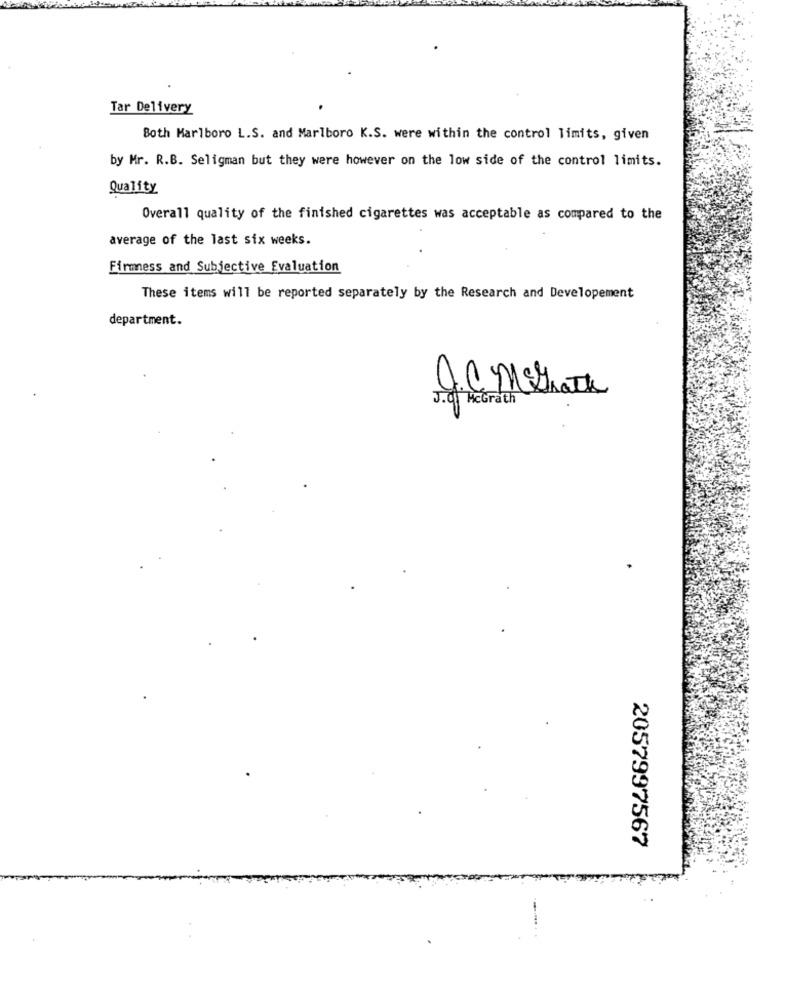
Tar Delivery
Both Marlboro L.S. and Marlboro K.S. were within the control limits, given
by Mr. R.B. Seligman but they were however on the low side of the control limits.
Quality
Overall quality of the finished cigarettes was acceptable as compared to the
average of the last six weeks.
Firmness and Subjective Evaluation
These items will be reported separately by the Research and Developement
department.
ICMShath
J.of McGrath
2057997567